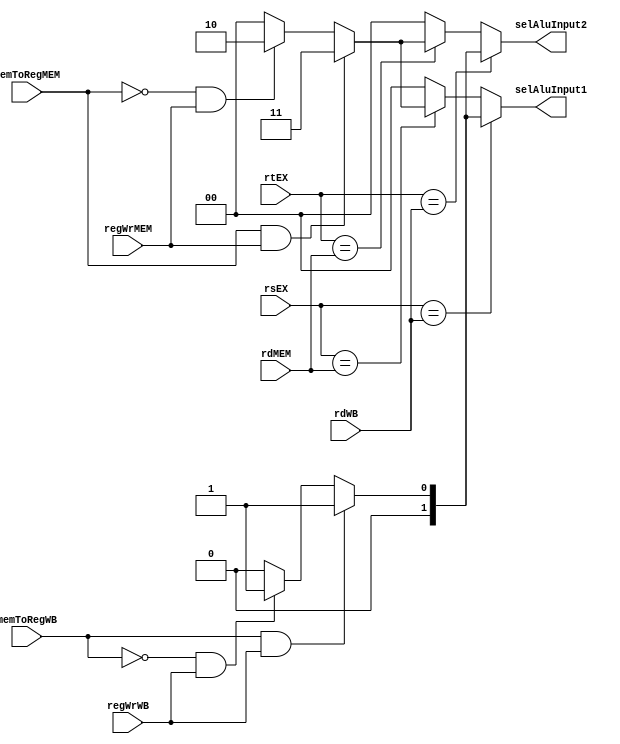
`timescale 1ns / 1ps
//////////////////////////////////////////////////////////////////////////////////
// Company: 
// Engineer: 
// 
// Design Name: 
// Module Name: forward_unit
// Project Name: 
// Target Devices: 
// Tool Versions: 
// Description: 
// 
// Dependencies: 
// 
// Revision:
// Revision 0.01 - File Created
// Additional Comments:
// 
//////////////////////////////////////////////////////////////////////////////////


module forward_unit(
    input [4:0] rsEX,
    input [4:0] rtEX,
    input [4:0] rdMEM,
    input regWrMEM,
    input memToRegMEM,
    input [4:0] rdWB,
    input regWrWB,
    input memToRegWB,
    output reg [1:0] selAluInput1,
    output reg [1:0] selAluInput2
    );
    
    initial begin
    selAluInput1=2'b00;
    selAluInput2=2'b00;
    end
    
    reg stallLoadUse1;
    reg stallLoadUse2;
    
    always @ (rsEX or rtEX or rdMEM or regWrMEM or memToRegMEM
         or rdWB or regWrWB or memToRegWB)
    begin
        if(rsEX==rdWB)
        begin
            if(memToRegWB && regWrWB)
            begin
                selAluInput1=2'b01;
                stallLoadUse1=0;
            end
            else if(!memToRegWB && regWrWB)
            begin
                selAluInput1=2'b01;
                stallLoadUse1=0;
            end
            else
            begin
                selAluInput1=2'b00;
                stallLoadUse1=0;
            end
        end
        else if(rsEX==rdMEM)
        begin
            if(memToRegMEM && regWrMEM)//load-use
            begin
                selAluInput1=2'b11;
                stallLoadUse1=1;
            end
            else if(!memToRegMEM && regWrMEM)
            begin
                selAluInput1=2'b10;
                stallLoadUse1=0;
            end
            else
            begin
                selAluInput1=2'b00;
                stallLoadUse1=0;
            end
        end 
        else
        begin
            selAluInput1=2'b00;
            stallLoadUse1=0;
        end
        //
        
        if(rtEX==rdWB)
        begin
            if(memToRegWB && regWrWB)
            begin
                selAluInput2=2'b01;
                stallLoadUse2=0;
            end
            else if(!memToRegWB && regWrWB)
            begin
                selAluInput2=2'b01;
                stallLoadUse2=0;
            end
            else
            begin
                selAluInput2=2'b00;
                stallLoadUse2=0;
            end
        end
        else if(rtEX==rdMEM)
        begin
            if(memToRegMEM && regWrMEM)//load-use
            begin
                selAluInput2=2'b11;
                stallLoadUse2=1;
            end
            else if(!memToRegMEM && regWrMEM)
            begin
                selAluInput2=2'b10;
                stallLoadUse2=0;
            end
            else
            begin
                selAluInput2=2'b00;
                stallLoadUse2=0;
            end
        end
        else
        begin
            selAluInput2=2'b00;
            stallLoadUse2=0;
        end
    end
    
endmodule